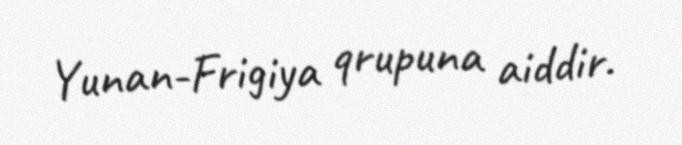
Yunan-Frigiya qrupuna aiddir.